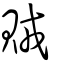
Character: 賊